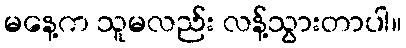
မနေ့က သူမလည်း လန့်သွားတာပါ။